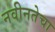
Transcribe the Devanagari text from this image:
नवीनतेचा